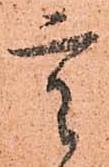
重